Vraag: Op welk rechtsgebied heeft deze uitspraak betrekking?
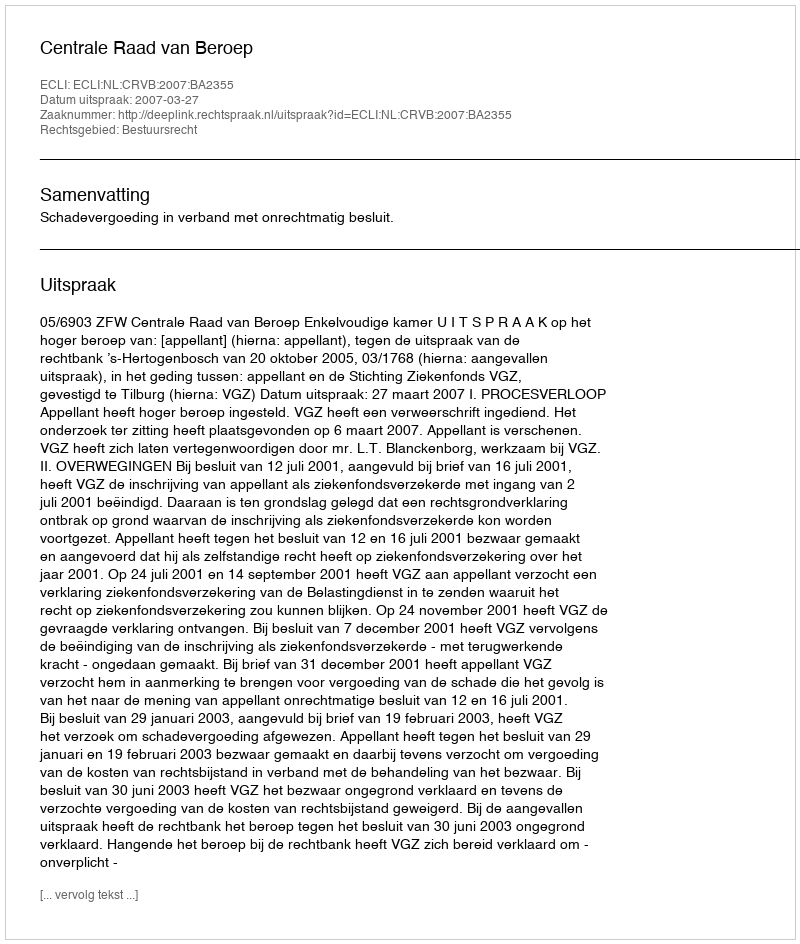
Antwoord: Bestuursrecht